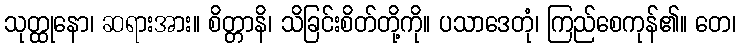
သုတ္ထုနော၊ ဆရားအား။ စိတ္တာနိ၊ သိခြင်းစိတ်တို့ကို။ ပသာဒေတုံ၊ ကြည်စေကုန်၏။ တေ၊